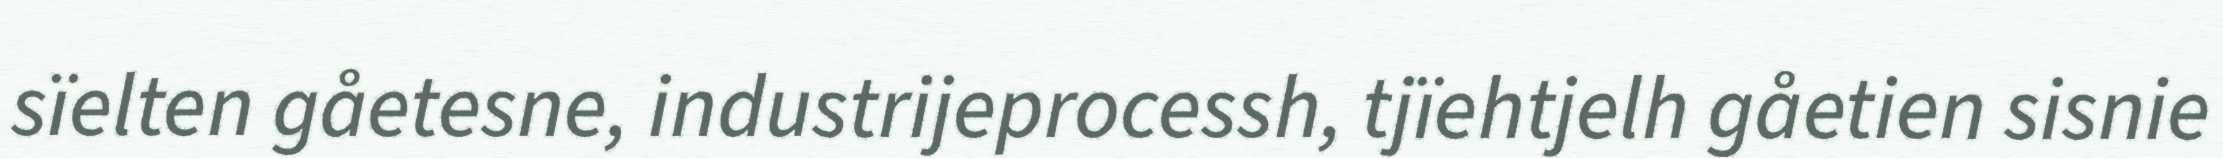
sïelten gåetesne, industrijeprocessh, tjïehtjelh gåetien sisnie